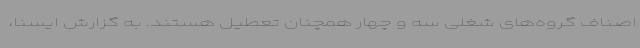
اصناف گروه‌های شغلی سه و چهار همچنان تعطیل هستند. به گزارش ایسنا،